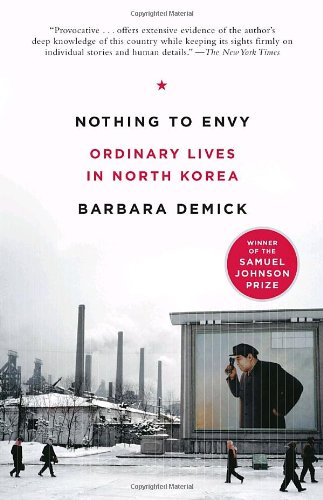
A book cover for Nothing to Envy: Ordinary Lives in North Korea; Barbara Demick; History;